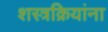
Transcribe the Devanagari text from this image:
शस्त्रक्रियांना